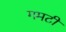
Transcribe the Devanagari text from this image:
गमटी